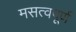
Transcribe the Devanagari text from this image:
मसत्वपूर्ण